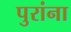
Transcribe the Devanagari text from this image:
पुरांना